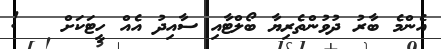
އެންމެ ބާރު ދުވުންތެރިޔާ ބޯލްޓާއި ސާއިދު އެއް ހީޓަކަށް   !